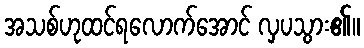
အသစ်ဟုထင်ရလောက်အောင် လှပသွား၏။